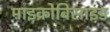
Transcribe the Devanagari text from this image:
माइक्रोबिसाइड